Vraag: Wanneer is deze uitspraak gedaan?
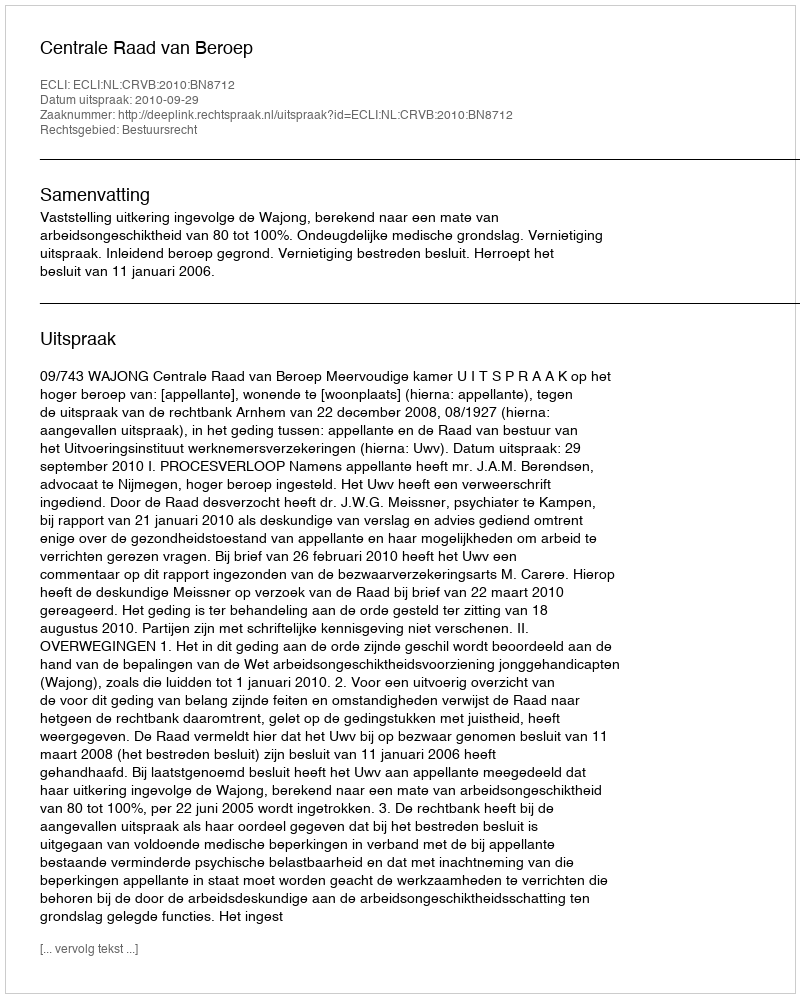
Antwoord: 2010-09-29